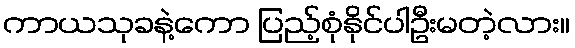
ကာယသုခနဲ့ကော ပြည့်စုံနိုင်ပါဦးမတဲ့လား။